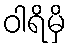
ဝါရိမှိ